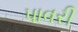
પાવરી